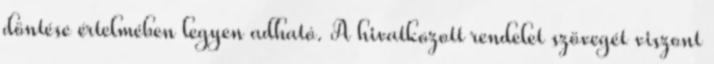
döntése értelmében legyen adható. A hivatkozott rendelet szövegét viszont